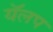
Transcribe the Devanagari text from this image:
यॅलप